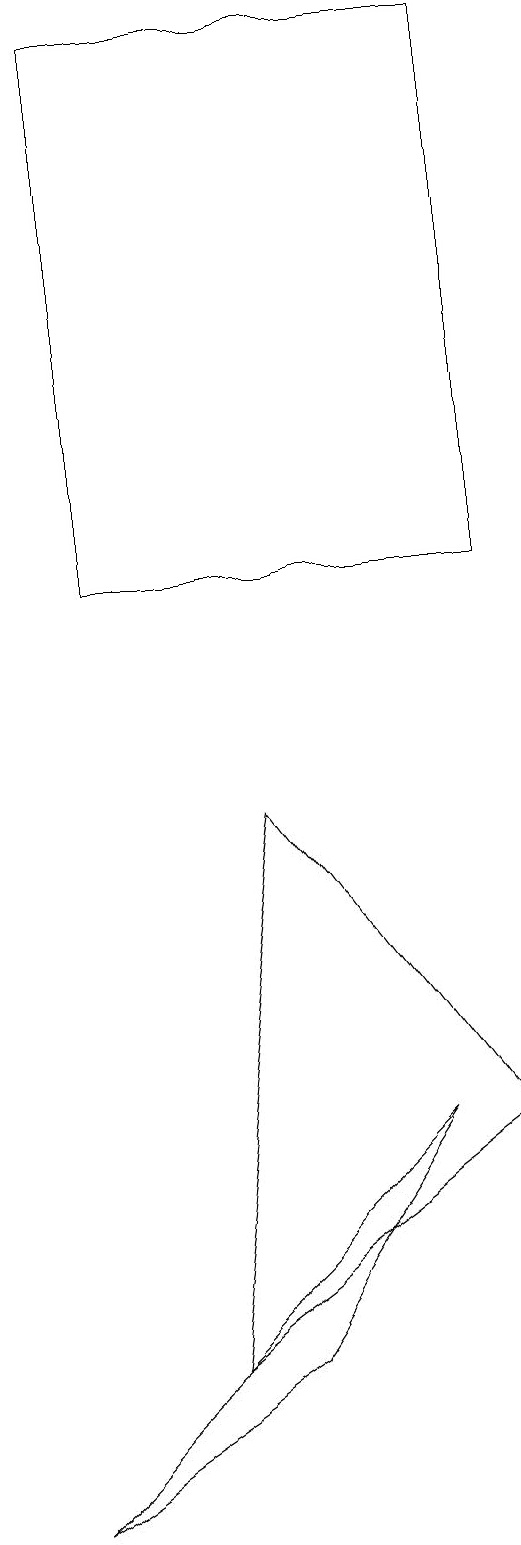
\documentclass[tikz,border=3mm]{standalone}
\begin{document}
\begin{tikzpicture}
\draw (5,5) -- (0,0) -- (3,2) -- cycle;
\draw (3,9) -- (6,5) -- (2,2) -- cycle;
\draw (6,12) rectangle (1,19);
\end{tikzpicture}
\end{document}